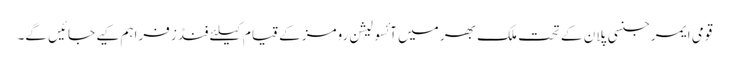
قومی ایمرجنسی پلان کے تحت ملک بھر میں آئسولیشن رومز کے قیام کیلئے فنڈز فراہم کیے جائیں گے۔